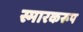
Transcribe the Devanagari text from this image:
स्मारकरूप